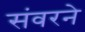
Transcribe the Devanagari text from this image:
संवरने